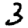
Digit: 3